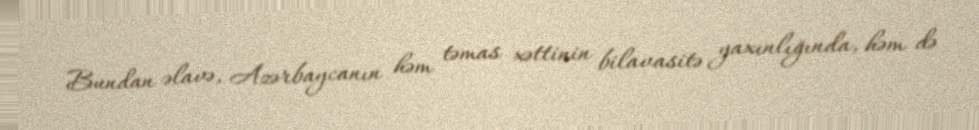
Bundan əlavə, Azərbaycanın həm təmas xəttinin bilavasitə yaxınlığında, həm də